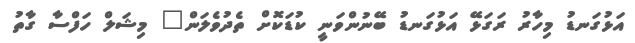
އަޅުގަނޑު މިހާރު ރަގަޅޭ އަޅުގަނޑު ބޭނުންވަނީ ކުޑަކޮށް ތެދުވެލަން" މިޝަލް ހަފްސާ ގާތު